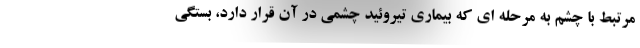
مرتبط با چشم به مرحله ای که بیماری تیروئید چشمی در آن قرار دارد، بستگی